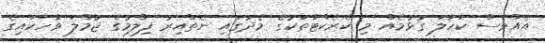
އެއްވެސް ކަހަލަ ގުޅުމެއް މި ކެރެކްޓާތަކުގެ މެދުގައި ނެތްއިރު ފިލްމުގެ ޖުމްލަ ވާހަކައިގެ